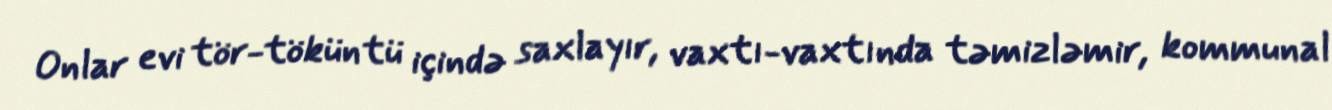
Onlar evi tör-töküntü içində saxlayır, vaxtı-vaxtında təmizləmir, kommunal